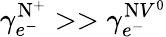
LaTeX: \gamma_{e^{-}}^{\mathrm{N}^{+}}>>\gamma_{e^{-}}^{\mathrm{N}V^{0}}